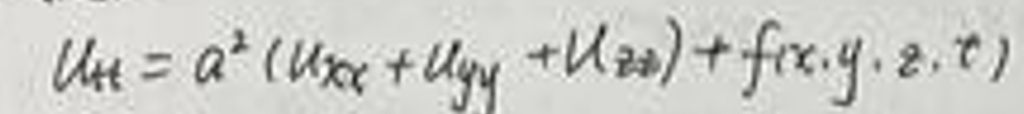
\[
u_{tt}=a^{2}(u_{xx}+u_{yy}+u_{zz}) + f(x,y,z,t)
\]